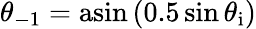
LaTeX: \theta_{-1}=\mathrm{asin}\left(0.5\sin\theta_{\mathrm{i}}\right)